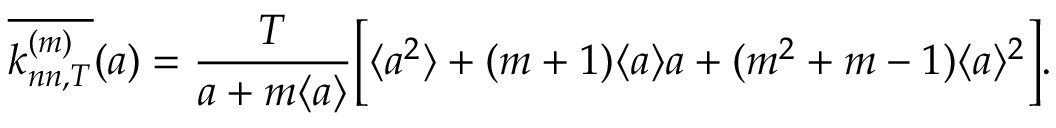
\overline { { k _ { n n , T } ^ { ( m ) } } } ( a ) = \frac { T } { a + m \langle a \rangle } \bigg [ \langle a ^ { 2 } \rangle + ( m + 1 ) \langle a \rangle a + ( m ^ { 2 } + m - 1 ) \langle a \rangle ^ { 2 } \bigg ] .